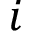
i